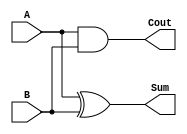
`timescale 1ns / 1ps
//////////////////////////////////////////////////////////////////////////////////
// Company: 
// Engineer: 
// 
// Design Name: 
// Module Name: hA
// Project Name: 
// Target Devices: 
// Tool Versions: 
// Description: 
// 
// Dependencies: 
// 
// Revision:
// Revision 0.01 - File Created
// Additional Comments:
// 
//////////////////////////////////////////////////////////////////////////////////


module hA(
    input A,
    input B,
    output Sum,
    output Cout
    );
    
    assign Sum=A^B;
    assign Cout=A&B;
endmodule